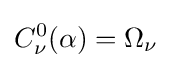
C_{\nu }^{0}(\alpha )=\Omega _{\nu }